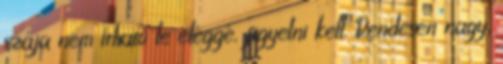
szája nem írható le eléggé, figyelni kell. Rendesen nagy,